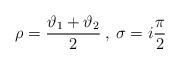
LaTeX: \begin{align*}\rho =\displaystyle\frac{\vartheta _{1}+\vartheta _{2}}{2}\: ,\: \sigma =i\displaystyle\frac{\pi }{2}\end{align*}